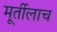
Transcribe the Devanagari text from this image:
मूर्तीलाच